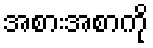
အစားအစာကို